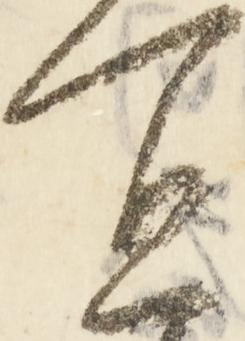
宜